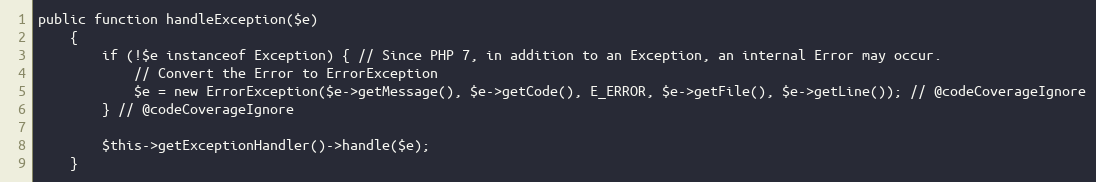
Language: PHP
public function handleException($e)
    {
        if (!$e instanceof Exception) { // Since PHP 7, in addition to an Exception, an internal Error may occur.
            // Convert the Error to ErrorException
            $e = new ErrorException($e->getMessage(), $e->getCode(), E_ERROR, $e->getFile(), $e->getLine()); // @codeCoverageIgnore
        } // @codeCoverageIgnore

        $this->getExceptionHandler()->handle($e);
    }